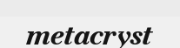
metacryst